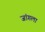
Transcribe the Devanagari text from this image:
जांगला